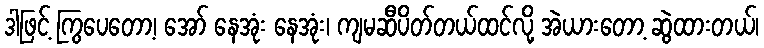
ဒါဖြင့် ကြွပေတော့၊ အော် နေအုံး နေအုံး၊ ကျမဆီပိတ်တယ်ထင်လို့ အဲယားတော့ ဆွဲထားတယ်၊